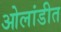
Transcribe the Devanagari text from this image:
ओलांडीत